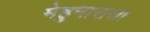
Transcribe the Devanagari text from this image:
मेहुनाराजा